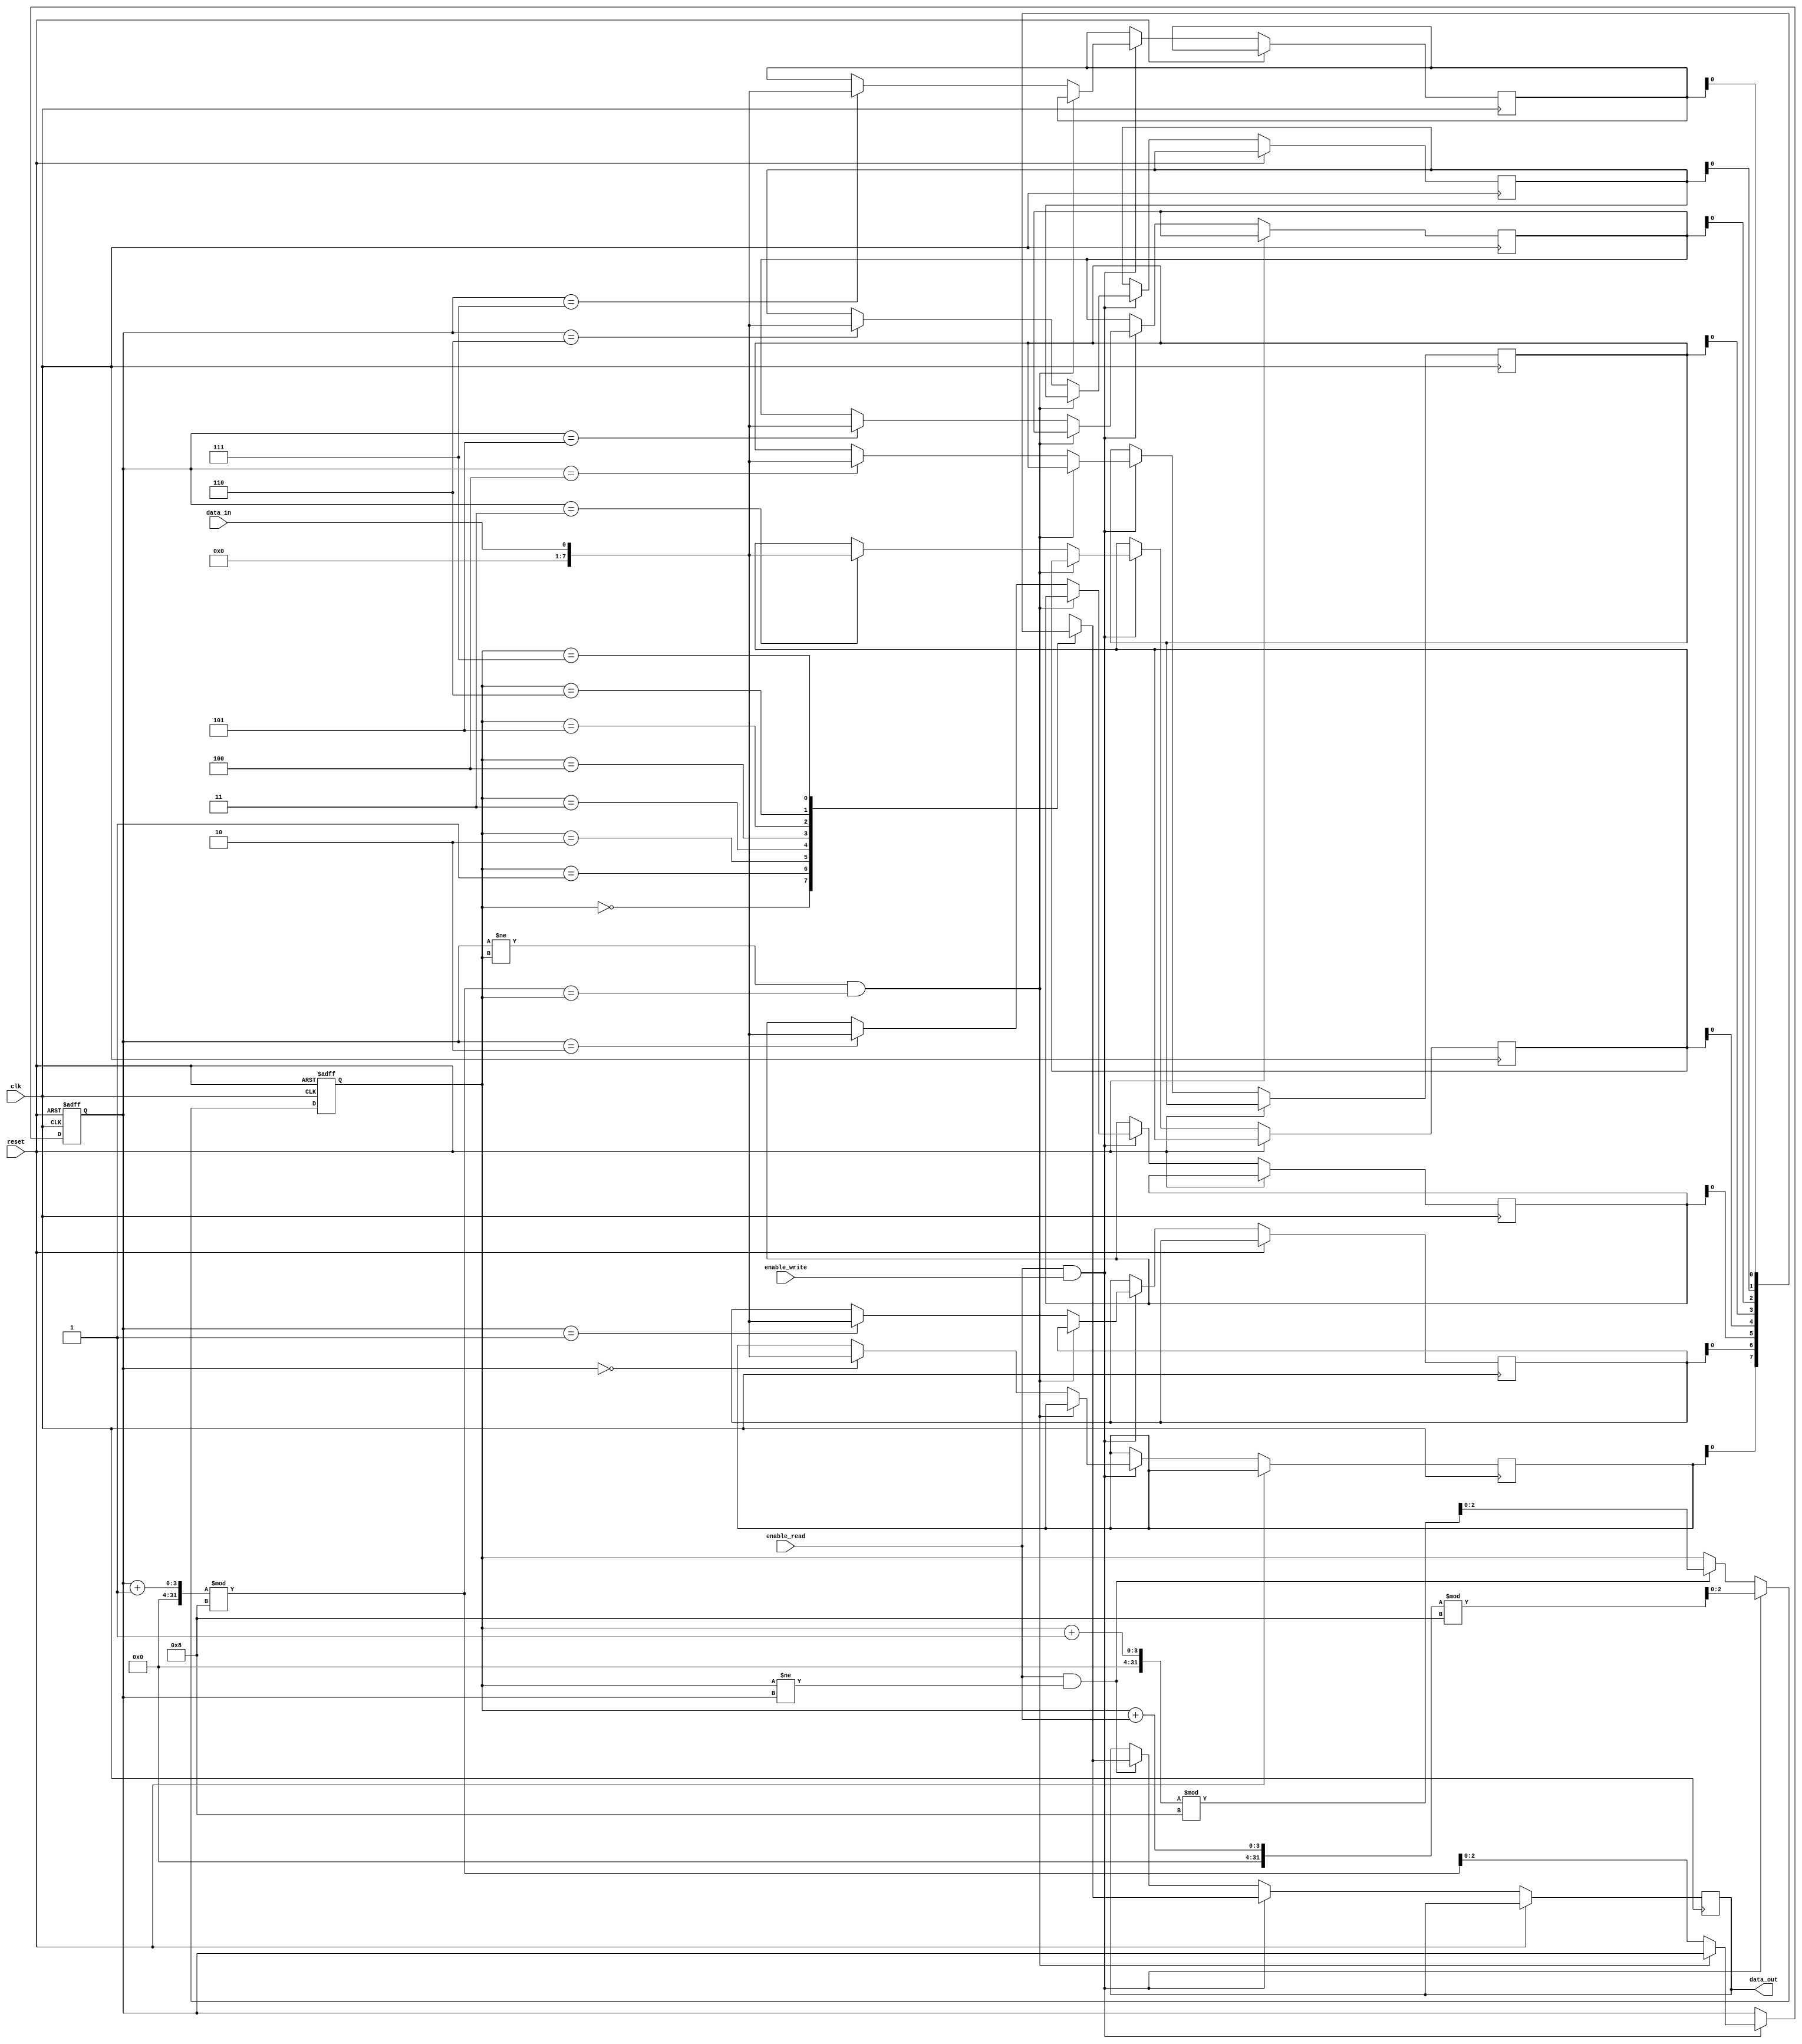
module bidirectional_fifo (
  input wire clk,           // Clock signal
  input wire reset,         // Reset signal
  input wire enable_read,   // Read enable signal
  input wire enable_write,  // Write enable signal
  input wire data_in,       // Data input
  output reg data_out       // Data output
);

reg [7:0] fifo [0:7];      // FIFO storage elements
reg [2:0] read_ptr;        // Read pointer
reg [2:0] write_ptr;       // Write pointer

always @ (posedge clk or posedge reset) begin
  if (reset) begin
    read_ptr <= 0;
    write_ptr <= 0;
  end else begin
    if (enable_read && enable_write) begin  // Simultaneous read and write operations
      // Check for overflow
      if ((write_ptr != read_ptr) && ((write_ptr + 1) % 8 == read_ptr)) begin
        // Overflow condition, do not write data
      end else begin
        fifo[write_ptr] <= data_in;   // Write data into FIFO
        write_ptr <= (write_ptr + 1) % 8; // Increment write pointer
      end
      data_out <= fifo[read_ptr];   // Read data from FIFO
      read_ptr <= (read_ptr + enable_read) % 8; // Increment read pointer
    end else begin
      // Handle underflow condition
      if (enable_read && read_ptr != write_ptr) begin
        data_out <= fifo[read_ptr];   // Read data from FIFO
        read_ptr <= (read_ptr + 1) % 8; // Increment read pointer
      end
    end
  end
end

endmodule